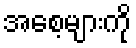
အစေ့များကို